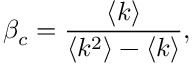
\beta _ { c } = \frac { \left\langle k \right\rangle } { \left\langle k ^ { 2 } \right\rangle - \left\langle k \right\rangle } ,